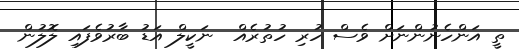
ތީ އަންހެނުންނަށް ވެސް ހުރި ހުތުރެއް  ނަކީލް އަޑު ބާރުވެފައި ލޮލުން